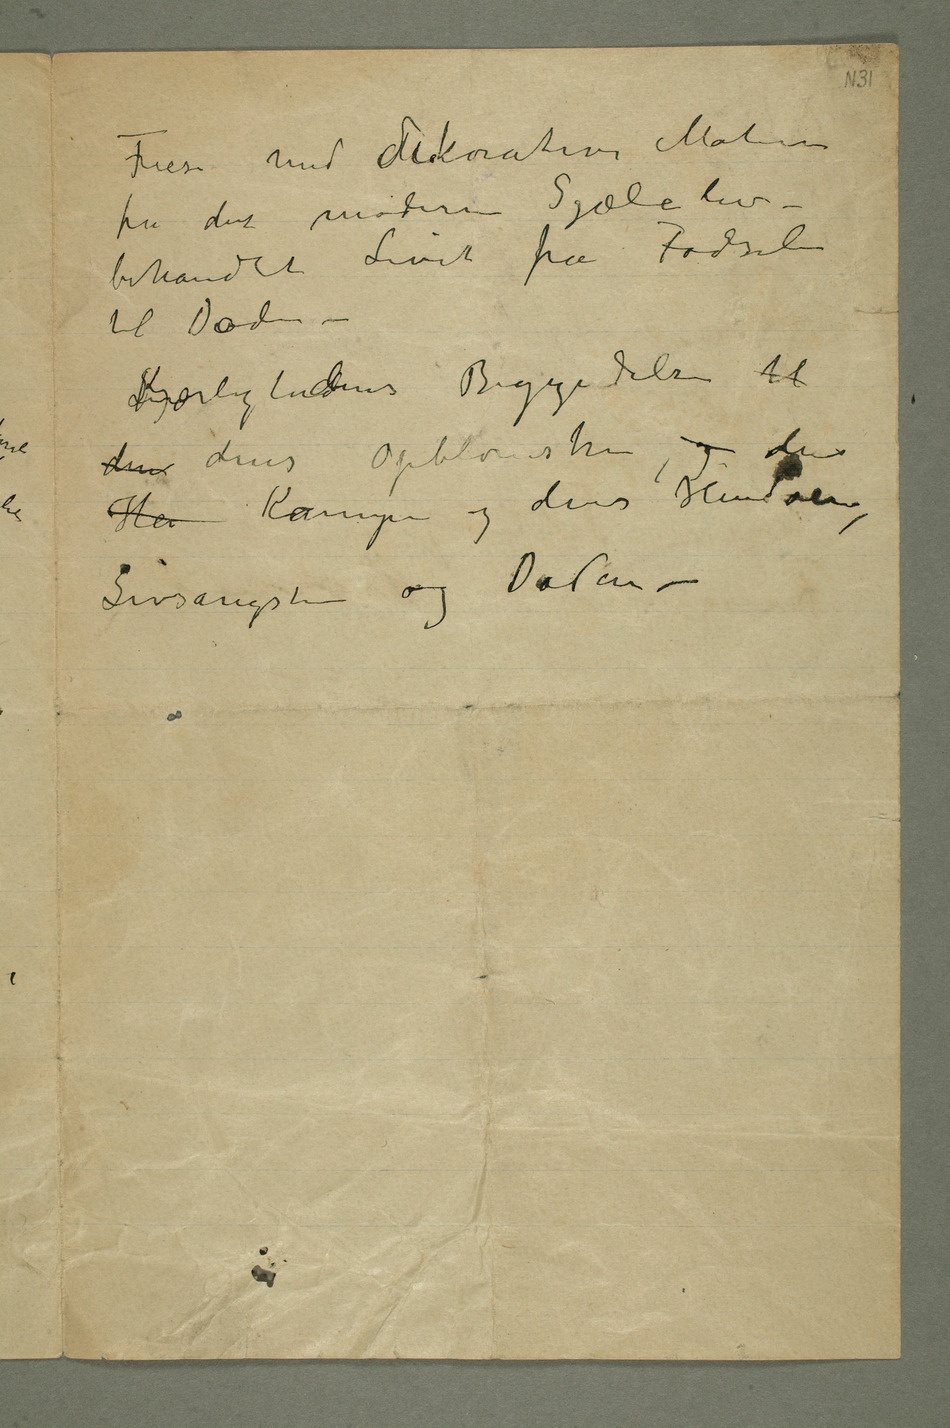
Friese med Mdekorative Malerier
fra det moderne Sjæleliv –
behandlet Livet fra Fødselen
til Døden –
Kjærlighedens Begyndelse til
den dens Opblomstren, og dens Hen Kampe
og dens Hendøen,
Livsangsten og Døden